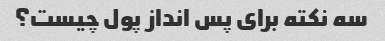
سه نکته برای پس انداز پول چیست؟